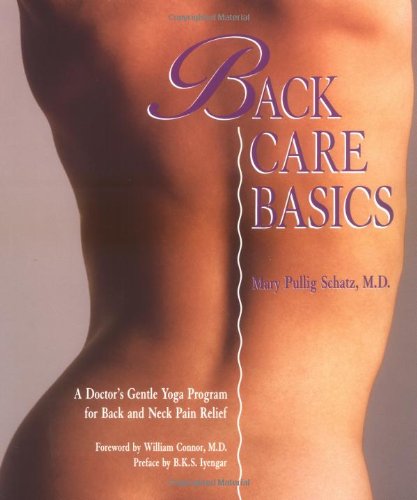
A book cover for Back Care Basics: A Doctor's Gentle Yoga Program for Back and Neck Pain Relief; Mary Pullig Schatz; Health, Fitness & Dieting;